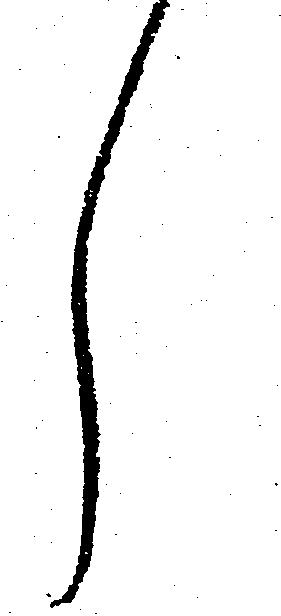
し